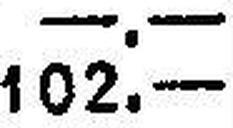
102.—